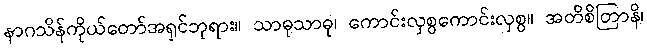
နာဂသိန်ကိုယ်တော်အရှင်ဘုရား။ သာဓုသာဓု၊ ကောင်းလှစွကောင်းလှစွ။ အတိစိတြာနိ၊